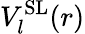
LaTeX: V_{l}^{\mathrm{SL}}(r)